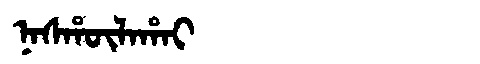
Manchu: ᠨᠠᠰᡥᡡᠯᠠᡥᠠᡳ
Romanization: NASHŪLAHAI